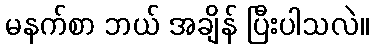
မနက်စာ ဘယ် အချိန် ပြီးပါသလဲ။